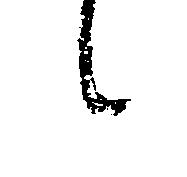
候